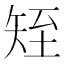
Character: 𥎹